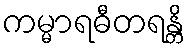
ကမ္မာရဓီတရန္တိ